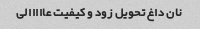
نان داغ تحویل زود و کیفیت عااااالی